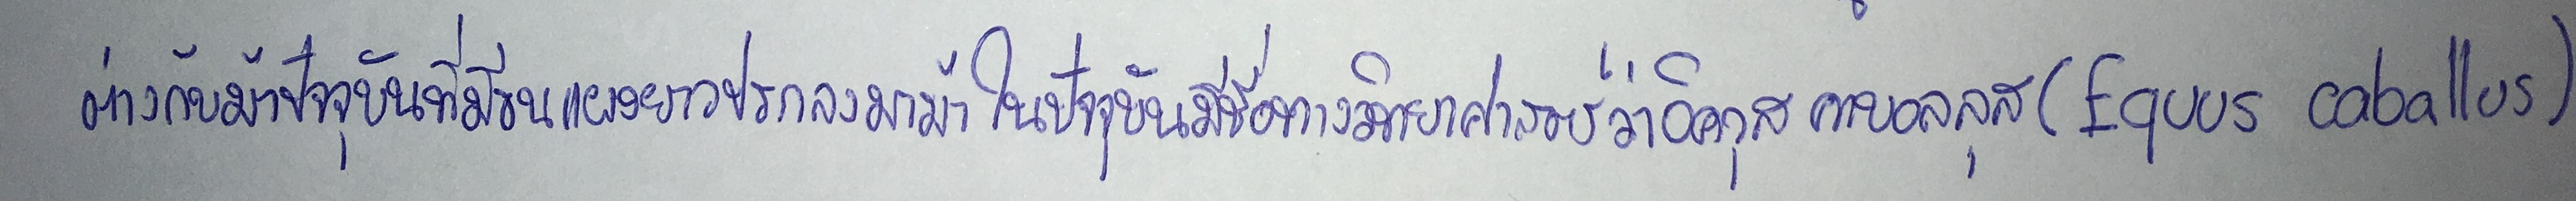
ต่างกับม้าปัจจุบันที่มีขนแผงยาวปรกลงมาม้าในปัจจุบันมีชื่อทางวิทยาศาสตร์ว่าอิควุส คาบอลลุส(Equus caballus)